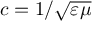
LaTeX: c = 1 / { \sqrt { \varepsilon \mu } }